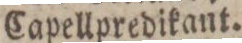
Capellpredikant.